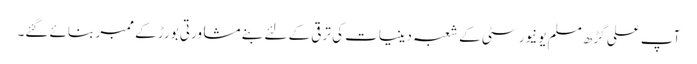
آپ علی گڑھ مسلم یونیورسٹی کے شعبہ دینیات کی ترقی کے لئے بنے مشاورتی بورڑ کے ممبر بنائے گئے۔